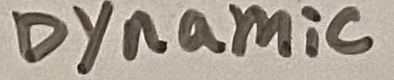
Text: Dynamic